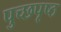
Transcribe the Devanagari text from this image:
पुच्छपृष्ठ